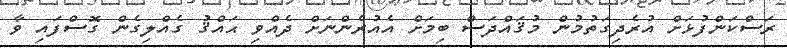
ރަސްކަންފުޅަށް އުރެދިގަތުމުން މުޤައްދަސް ބިމަށް އެއުރެންނަށް ދެއްވި ޙައްޤު ގެއްލިގެން ގޮސްފައި ވާ